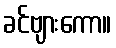
ခင်ဗျားကော။